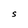
Character: S